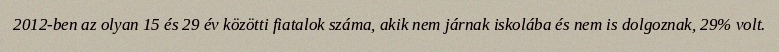
2012-ben az olyan 15 és 29 év közötti fiatalok száma, akik nem járnak iskolába és nem is dolgoznak, 29% volt.